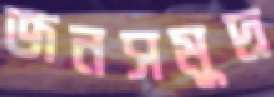
জনসমুদ্র